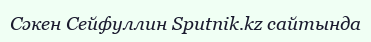
Сәкен Сейфуллин Sputnik.kz сайтында